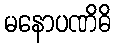
မနောပဏိဓိ